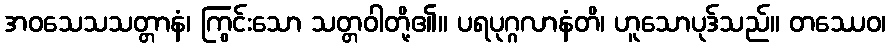
အဝသေသသတ္တာနံ၊ ကြွင်းသော သတ္တဝါတို့၏။ ပရပုဂ္ဂလာနံတိ၊ ဟူသောပုဒ်သည်။ တဿေဝ၊